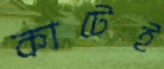
কাটেই